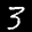
Label: 3